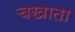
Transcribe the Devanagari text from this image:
चखाता